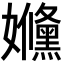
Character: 𡤥